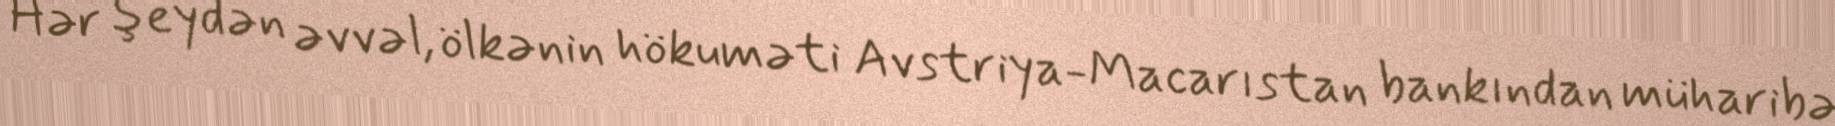
Hər şeydən əvvəl, ölkənin hökuməti Avstriya-Macarıstan bankından müharibə